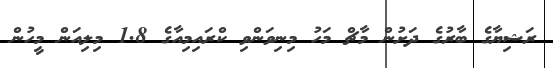
ރަޝިޔާގެ ބާރުގެ ދަށުން މާޗް މަހު މިނިވަންވި ކްރައިމިއާގެ 1.8 މިލިއަން މީހުން